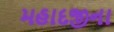
મહાદજીના